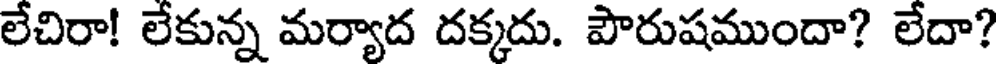
లేచిరా! లేకున్న మర్యాద దక్కదు. పౌరుషముందా? లేదా?